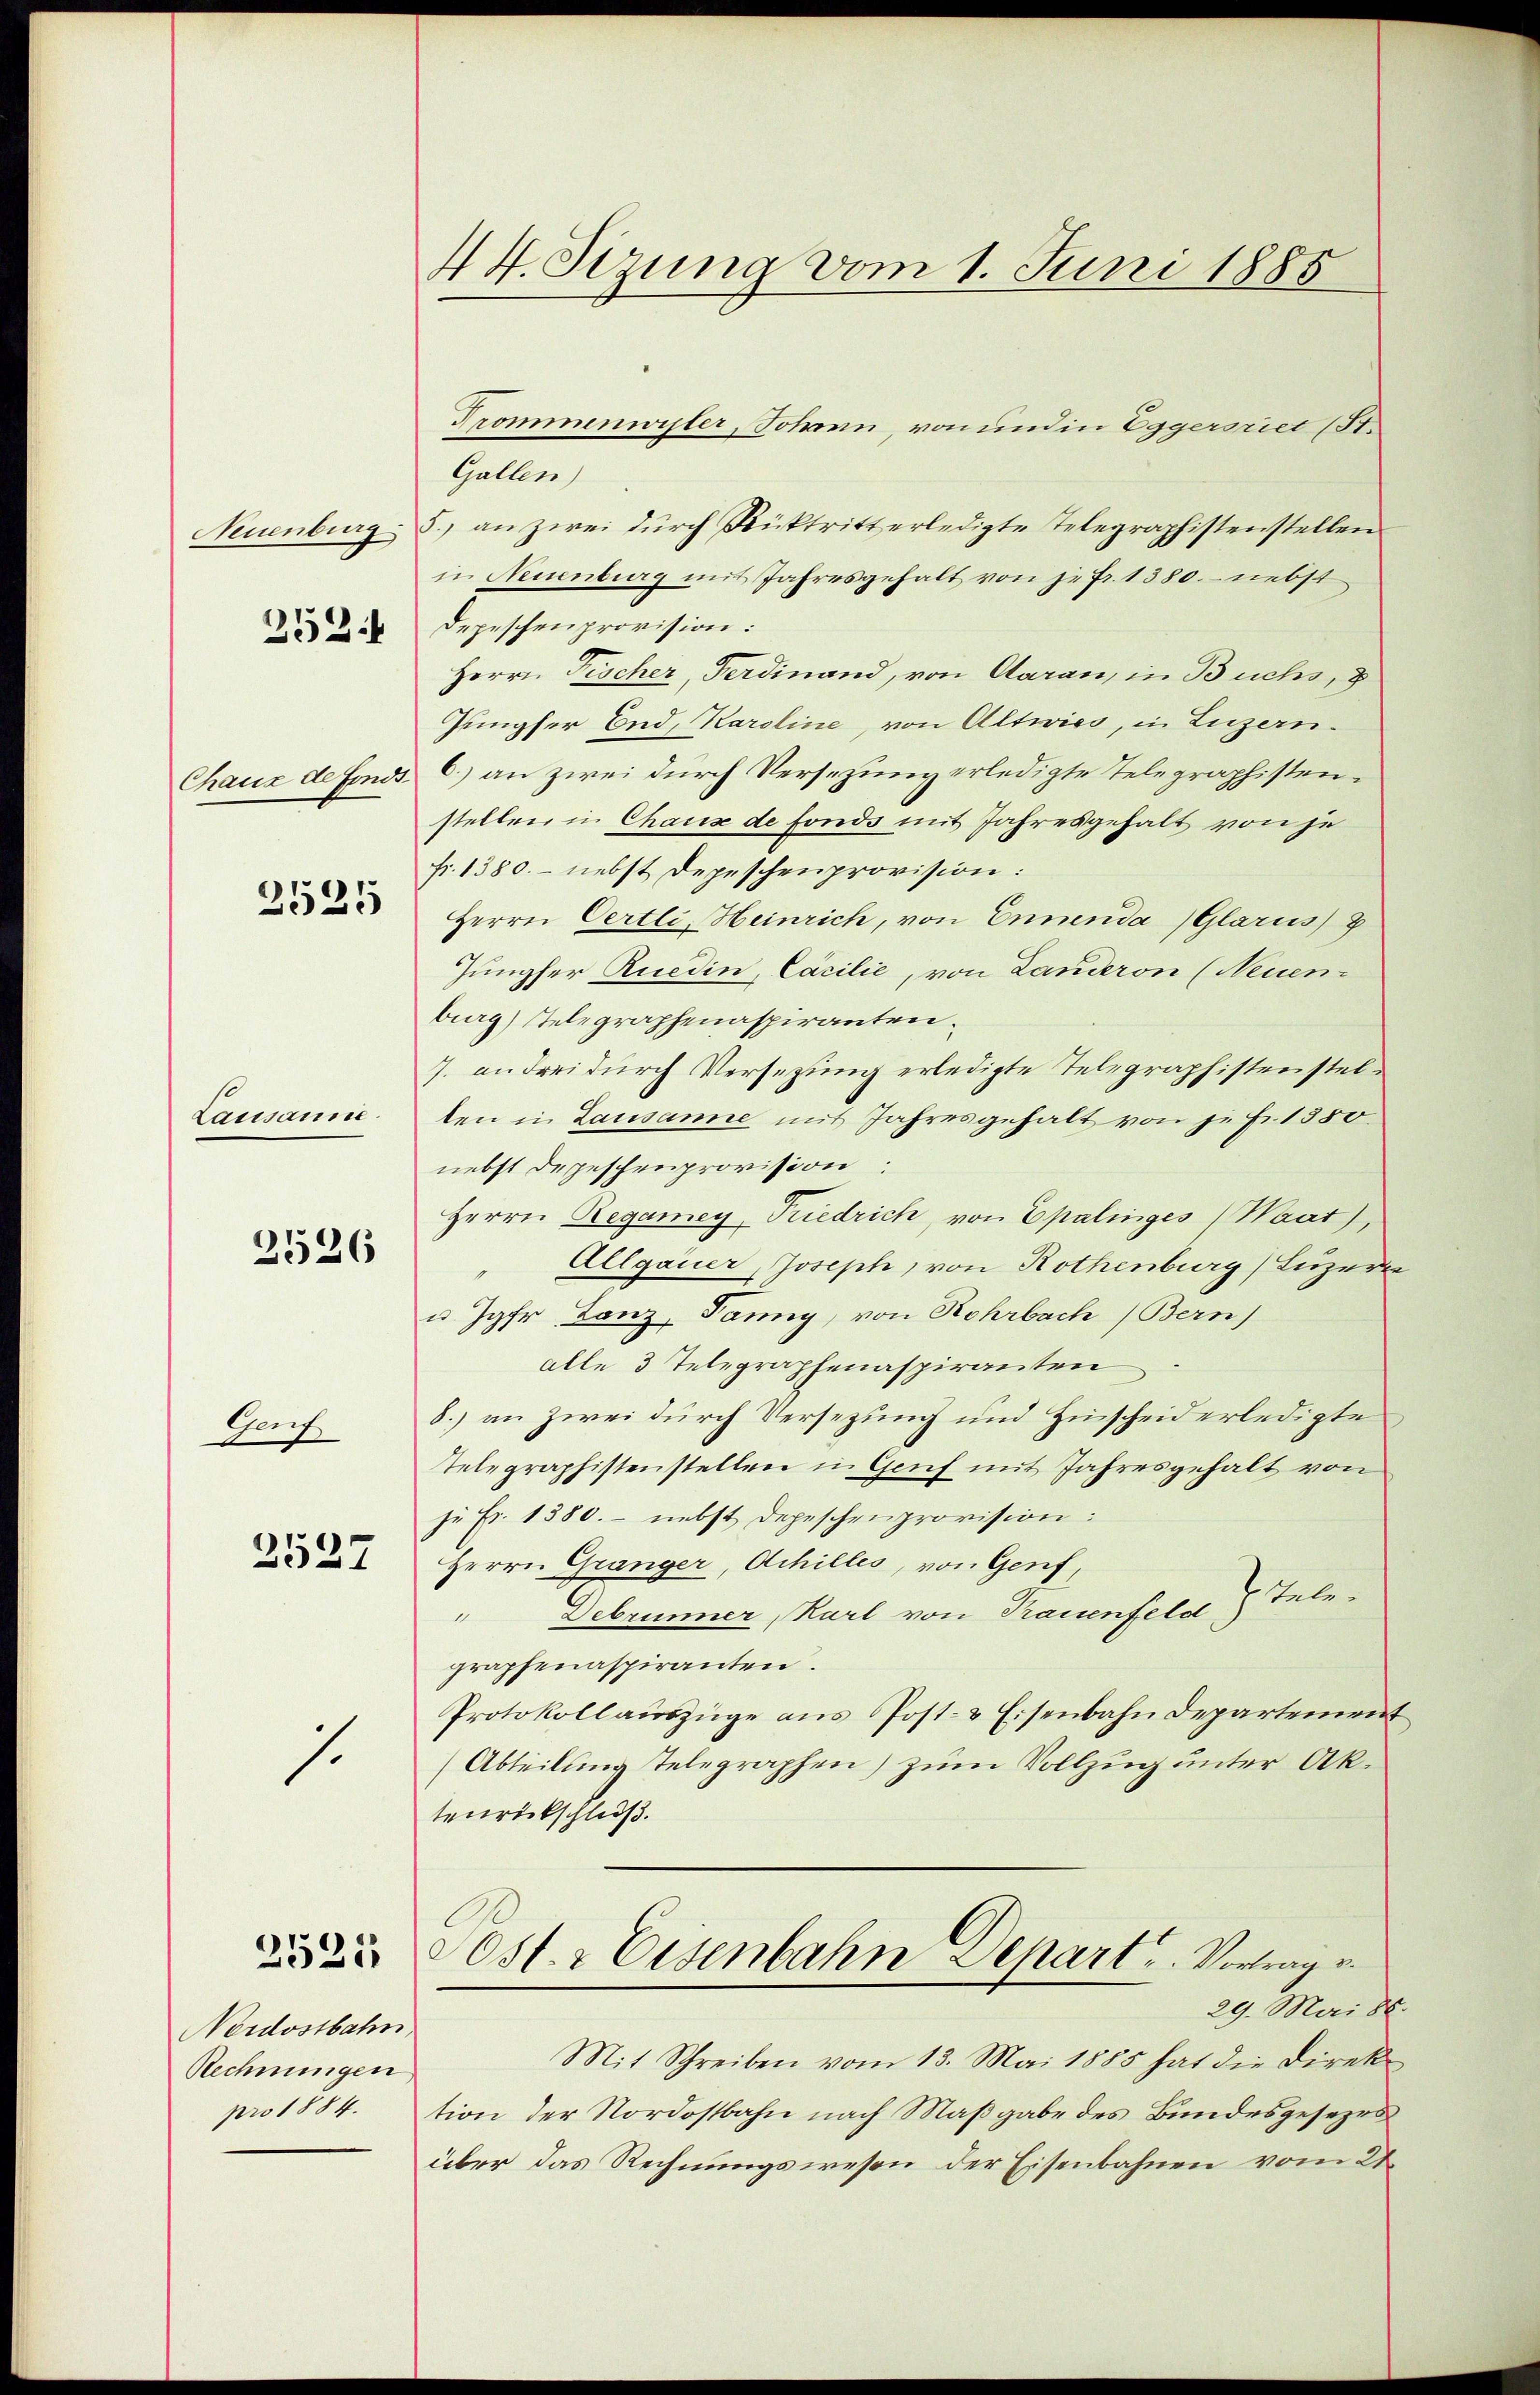
Neuenburg
Chaux de fonds.

252.

2525

Lausanne.

2526

Auch
2527

.

2521

Nordostbahn
Rechnungen
pro 1884.

44. Sizung vom 1. Juni 1885

Trommenwiler, Johann, von und in Eggersriet (S.
Gallen)
5., an zwei durch Rücktritt erledigte Telegraphistenstellen
in Neuenburg mit Jahresgehalt von jefr. 1380. nebst
Depeschenprovision:
Herrn Fischer, Ferdinand, von Aarau, in Buchs, 8
Jungfer End, Karoline, von Altwies, in Luzern.
6.) an zwei durch Versezung erledigte Telegraphistenstellen in Chause de fonds mit Jahresgehalt von je
fr. 1380. - nebst Depeschenprovision:
Herrn Oertli, Heinrich, von Ennenda) Glarus z
Jungfer Ruedin, Cacilie, von Landeron (Neuen-
burg) Telegraphenaspiranten.
7. an drei durch Versetzung erledigte Telegraphistenstelten in Lausanne mit Jahresgehalt von je f. 1350.
nebst Depeschenprovision:
Herrn Regamey, Friedrich, von Epalinges (Waat),
Allgauer Joseph, von Rothenburg) Luzern
u Jgfr. Lanz, Panny, von Rohrbach (Bern)
alle 3 Telegraphenaspirantrei
8.) an zwei durch Versezung und Hinscheiderledigte
Telegraphistenstellen in Genf mit Jahresgehalt von
j. Fr. 1380. - nebst Depeschenprovision:
Herrn Gränger, Achilles, von Genf,
" Debrunner, Karl von Trauenfeld  Telegraphenaspiranten.
Protokoll auszüge aus Post- & Eisenbahn Departement
Abteilling Telegraphen) zum Vollzug unter Aktenrückschluß.
ost. Eisenbahn Depart. Vortrage
29. Mai 88.
Mit Schreiben vom 13. Mai 1885 hat die Direk
tion der Nordostbahn nach Maßgabe des Bundesgesezes
über das Rechnungswesen der Eisenbahnen vom 21.